Indian journal of veterinary science and animal husbandry - Volumes 18-21, 1948-1951
Year: 1948
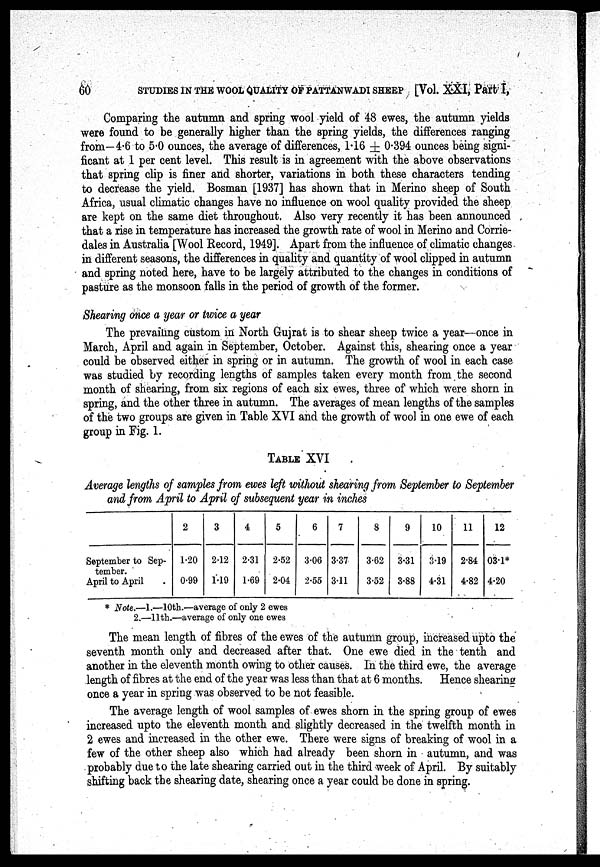
60
STUDIES IN THE WOOL QUALITY OF PATTANWADI SHEEP [Vol. XXI, Part I,
Comparing the autumn and spring wool yield of 48 ewes, the autumn yields
were found to be generally higher than the spring yields, the differences ranging
from—4.6 to 5.0 ounces, the average of differences, 1.16 ± 0.394 ounces being signi-
ficant at 1 per cent level. This result is in agreement with the above observations
that spring clip is finer and shorter, variations in both these characters tending
to decrease the yield. Bosman [1937] has shown that in Merino sheep of South
Africa, usual climatic changes have no influence on wool quality provided the sheep
are kept on the same diet throughout. Also very recently it has been announced
that a rise in temperature has increased the growth rate of wool in Merino and Corrie-
dales in Australia [Wool Record, 1949]. Apart from the influence of climatic changes
in different seasons, the differences in quality and quantity of wool clipped in autumn
and spring noted here, have to be largely attributed to the changes in conditions of
pasture as the monsoon falls in the period of growth of the former.
Shearing once a year or twice a year
The prevailing custom in North Gujrat is to shear sheep twice a year—once in
March, April and again in September, October. Against this, shearing once a year
could be observed either in spring or in autumn. The growth of wool in each case
was studied by recording lengths of samples taken every month from the second
month of shearing, from six regions of each six ewes, three of which were shorn in
spring, and the other three in autumn. The averages of mean lengths of the samples
of the two groups are given in Table XVI and the growth of wool in one ewe of each
group in Fig. 1.
TABLE XVI
Average lengths of samples from ewes left without shearing from September to September
and from April to April of subsequent year in inches
September to Sep-
tember.
April to April .
2
1.20
0.99
3
2.12
1.19
4
2.31
1.69
5
2.52
2.04
6
3.06
2.55
7
3.37
3.11
8
3.62
3.52
9
3.31
3.88
10
3.19
4.31
11
2.84
4.82
12
03.1*
4.20
* Note.—1.—10th.—average of only 2 ewes
2.—11th.—average of only one ewes
The mean length of fibres of the ewes of the autumn group, increased upto the
seventh month only and decreased after that. One ewe died in the tenth and
another in the eleventh month owing to other causes. In the third ewe, the average
length of fibres at the end of the year was less than that at 6 months. Hence shearing
once a year in spring was observed to be not feasible.
The average length of wool samples of ewes shorn in the spring group of ewes
increased upto the eleventh month and slightly decreased in the twelfth month in
2 ewes and increased in the other ewe. There were signs of breaking of wool in a
few of the other sheep also which had already been shorn in autumn, and was
probably due to the late shearing carried out in the third week of April. By suitably
shifting back the shearing date, shearing once a year could be done in spring.